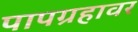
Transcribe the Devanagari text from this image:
पापग्रहावर